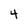
Character: 4